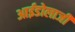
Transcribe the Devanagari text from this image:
आईडोलाजी